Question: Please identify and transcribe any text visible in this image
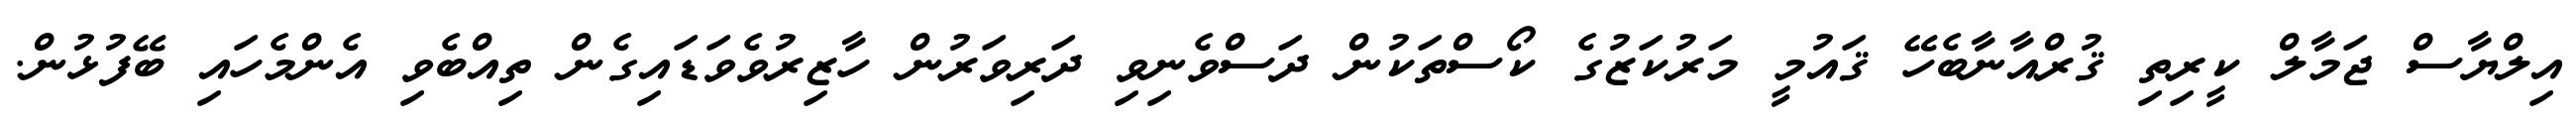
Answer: އިލްޔާސް ޖަމާލް ކީރިތި ޤުރްއާނާބެހޭ ޤައުމީ މަރުކަޒުގެ ކޯސްތަކުން ދަސްވެނިވި ދަރިވަރުން ހާޒިރުވެވަޑައިގެން ތިއްބެވި އެންމެހައި ބޭފުޅުން.